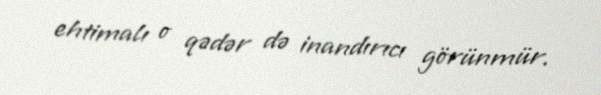
ehtimalı o qədər də inandırıcı görünmür.